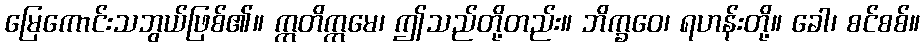
မြေကောင်းသဘွယ်ဖြစ်၏။ ဣတိဣမေ၊ ဤသည်တို့တည်း။ ဘိက္ခဝေ၊ ရဟန်းတို့။ ခေါ၊ စင်စစ်။